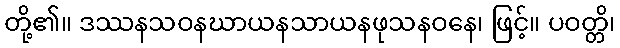
တို့၏။ ဒဿနသဝနဃာယနသာယနဖုသနဝနေ၊ ဖြင့်။ ပဝတ္တိ၊